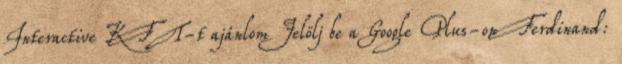
Interactive KFT-t ajánlom Jelölj be a Google Plus-on Ferdinand: